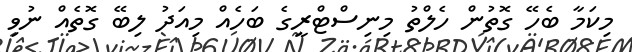
މިކަމާ ބެހޭ ގޮތުން ހެލްތު މިނިސްޓްރީގެ ބަހެއް މިއަދު ލިބޭ ގޮތެއް ނުވި